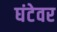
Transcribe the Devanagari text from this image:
घंटेवर